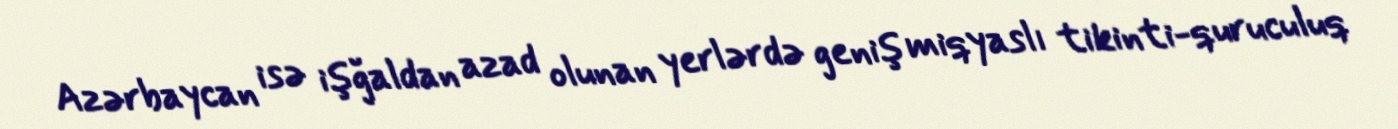
Azərbaycan isə işğaldan azad olunan yerlərdə geniş miqyaslı tikinti-quruculuq